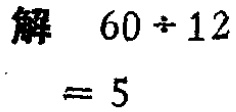
解 \(60\div12 = 5\)